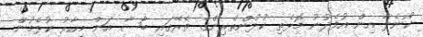
ކޯނެލާ އިން އުފެދުނު މޮޅެތި ކުޅުންތެރިންގެ ތެރޭގައި ބާސާ އަށް މިހާރު ކުޅެމުން